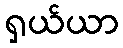
ရှယ်ယာ